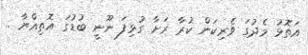
އަތޮޅު މެދުގަ ވެރިކަން ކުރާ ރަށާ ގުޅިފަ ނޫނީ ބުޑުގަ އޮތިއްޔާ ..